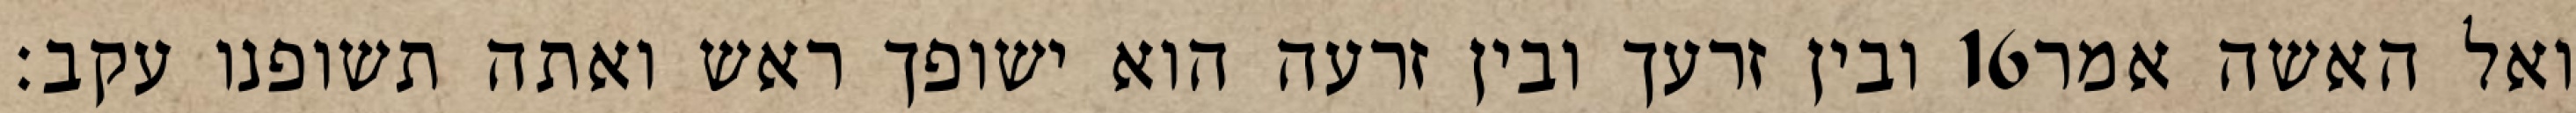
ובין זרעך ובין זרעה הוא ישופך ראש ואתה תשופנו עקב׃ ‎16‏ ואל האשה אמר